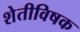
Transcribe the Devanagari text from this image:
शेतीविषक